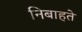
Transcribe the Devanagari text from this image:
निबाहते